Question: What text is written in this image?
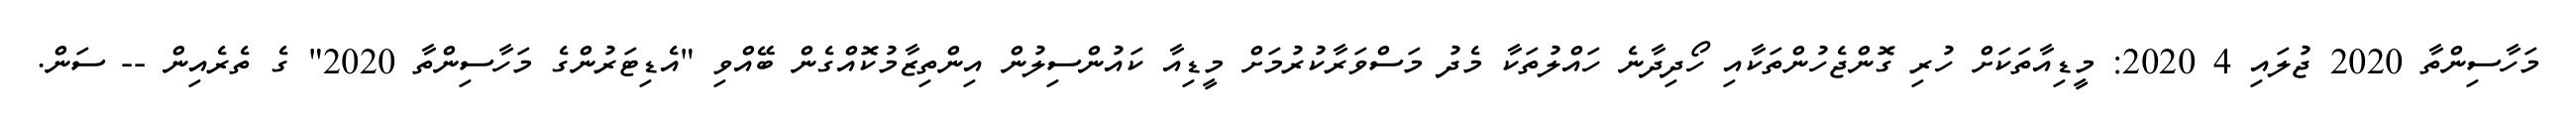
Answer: މަހާސިންތާ 2020 ޖުލައި 4 2020: މީޑިއާތަކަށް ހުރި ގޮންޖެހުންތަކާއި ހޯދިދާނެ ހައްލުތަކާ މެދު މަސްވަރާކުރުމަށް މީޑިއާ ކައުންސިލުން އިންތިޒާމުކޮއްގެން ބޭއްވި "އެޑިޓަރުންގެ މަހާސިންތާ 2020" ގެ ތެރެއިން -- ސަން.